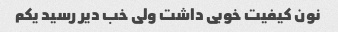
نون کیفیت خوبی داشت ولی خب دیر رسید یکم